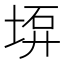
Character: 𡍟